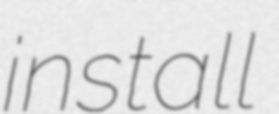
install